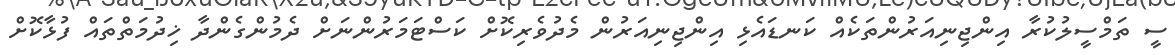
ސީ ތަމްސީލުކުރާ އިންޖިނިއަރުންތަކެއް ކަނޑައެޅި އިންޖިނިއަރުން މެދުވެރިކޮށް ކަސްޓަމަރުންނަށް ދެމުންގެންދާ ޚިދުމަތްތައް ފުޅާކޮށް